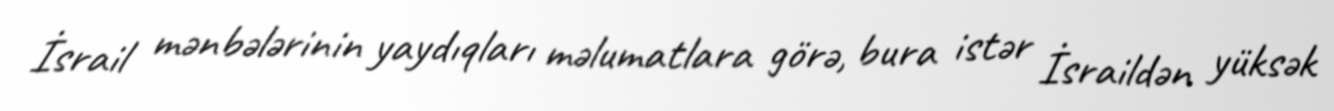
İsrail mənbələrinin yaydıqları məlumatlara görə, bura istər İsraildən yüksək